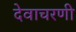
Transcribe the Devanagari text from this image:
देवाचरणी